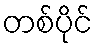
တစ်ပိုင်